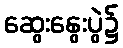
ဆွေးနွေးပွဲ၌